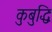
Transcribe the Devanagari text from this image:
कुबुद्धिः